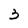
Character: 3